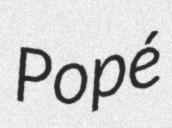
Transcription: Popé